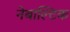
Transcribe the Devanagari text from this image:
नेबाल्टिक